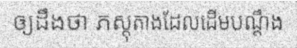
ឲ្យដឹងថា ភស្តុតាងដែលដើមបណ្តឹង